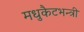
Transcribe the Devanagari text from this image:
मधुकैटभन्त्री